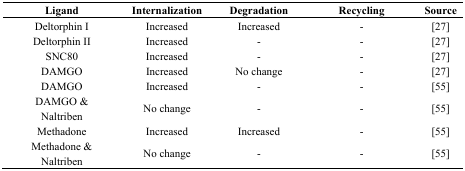
<table><thead><tr><td><b>Ligand</b></td><td><b>Internalization</b></td><td><b>Degradation</b></td><td><b>Recycling</b></td><td><b>Source</b></td></tr></thead><tbody><tr><td>Deltorphin I</td><td>Increased</td><td>Increased</td><td>-</td><td>[27]</td></tr><tr><td>Deltorphin II</td><td>Increased</td><td>-</td><td>-</td><td>[27]</td></tr><tr><td>SNC80</td><td>Increased</td><td>-</td><td>-</td><td>[27]</td></tr><tr><td>DAMGO</td><td>Increased</td><td>No change</td><td>-</td><td>[27]</td></tr><tr><td>DAMGO</td><td>Increased</td><td>-</td><td>-</td><td>[55]</td></tr><tr><td>DAMGO &amp; Naltriben</td><td>No change</td><td>-</td><td>-</td><td>[55]</td></tr><tr><td>Methadone</td><td>Increased</td><td>Increased</td><td>-</td><td>[55]</td></tr><tr><td>Methadone &amp; Naltriben</td><td>No change</td><td>-</td><td>-</td><td>[55]</td></tr></tbody></table>